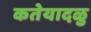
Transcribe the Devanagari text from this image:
कतेयादळु